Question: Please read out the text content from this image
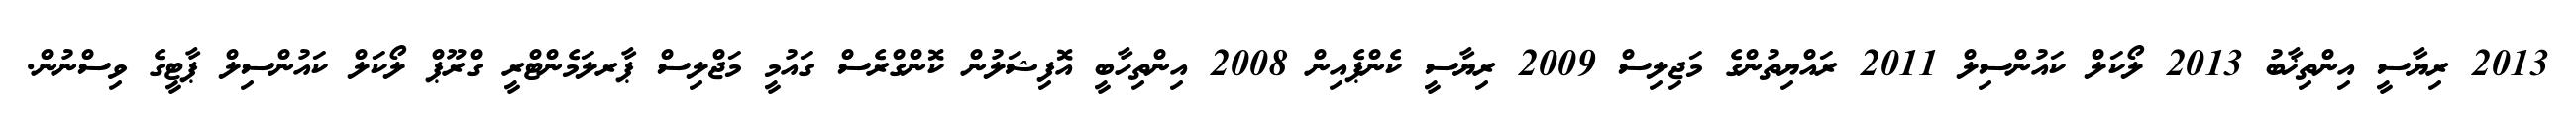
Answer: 2013 ރިޔާސީ އިންތިޚާބު 2013 ލޯކަލް ކައުންސިލް 2011 ރައްޔިތުންގެ މަޖިލިސް 2009 ރިޔާސީ ކެންޕެއިން 2008 އިންތިހާބީ އޮފިޝަލުން ކޮންގްރެސް ގައުމީ މަޖްލިސް ޕާރލަމެންޓްރީ ގްރޫޕް ލޯކަލް ކައުންސިލް ޕާޓީގެ ވިސްނުން.